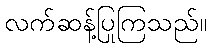
လက်ဆန့်ပြုကြသည်။